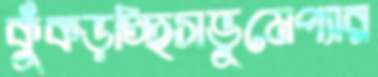
কুঁকড়চ্ছিসভূমেপ্যার